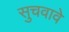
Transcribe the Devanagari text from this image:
सुचवावे